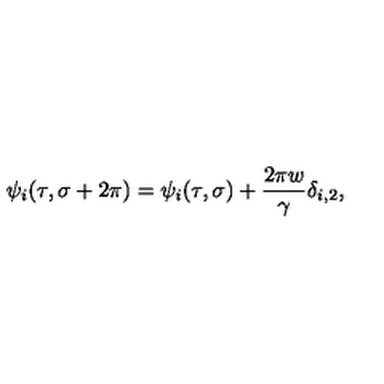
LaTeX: \psi _ { i } ( \tau , \sigma + 2 \pi ) = \psi _ { i } ( \tau , \sigma ) + \frac { 2 \pi w } { \gamma } \delta _ { i , 2 } ,